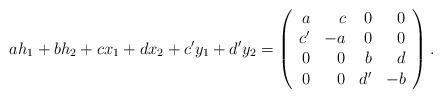
LaTeX: \begin{align*}\begin{array}{l}\displaystyle ah_1+ bh_2+ cx_1+ dx_2+ c'y_1+ d'y_2= \left(\begin{array}{rrrr} a & c & 0 &0 \\ c' & -a & 0& 0 \\ 0& 0 &b &d\\ 0&0&d'&-b\end{array}\right).\end{array} \end{align*}